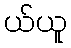
ယ်ယူ